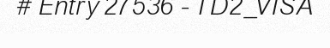
# Entry 27536 - TD2_VISA